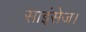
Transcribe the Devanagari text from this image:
साइंसेज।